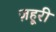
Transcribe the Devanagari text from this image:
ज़हूरी